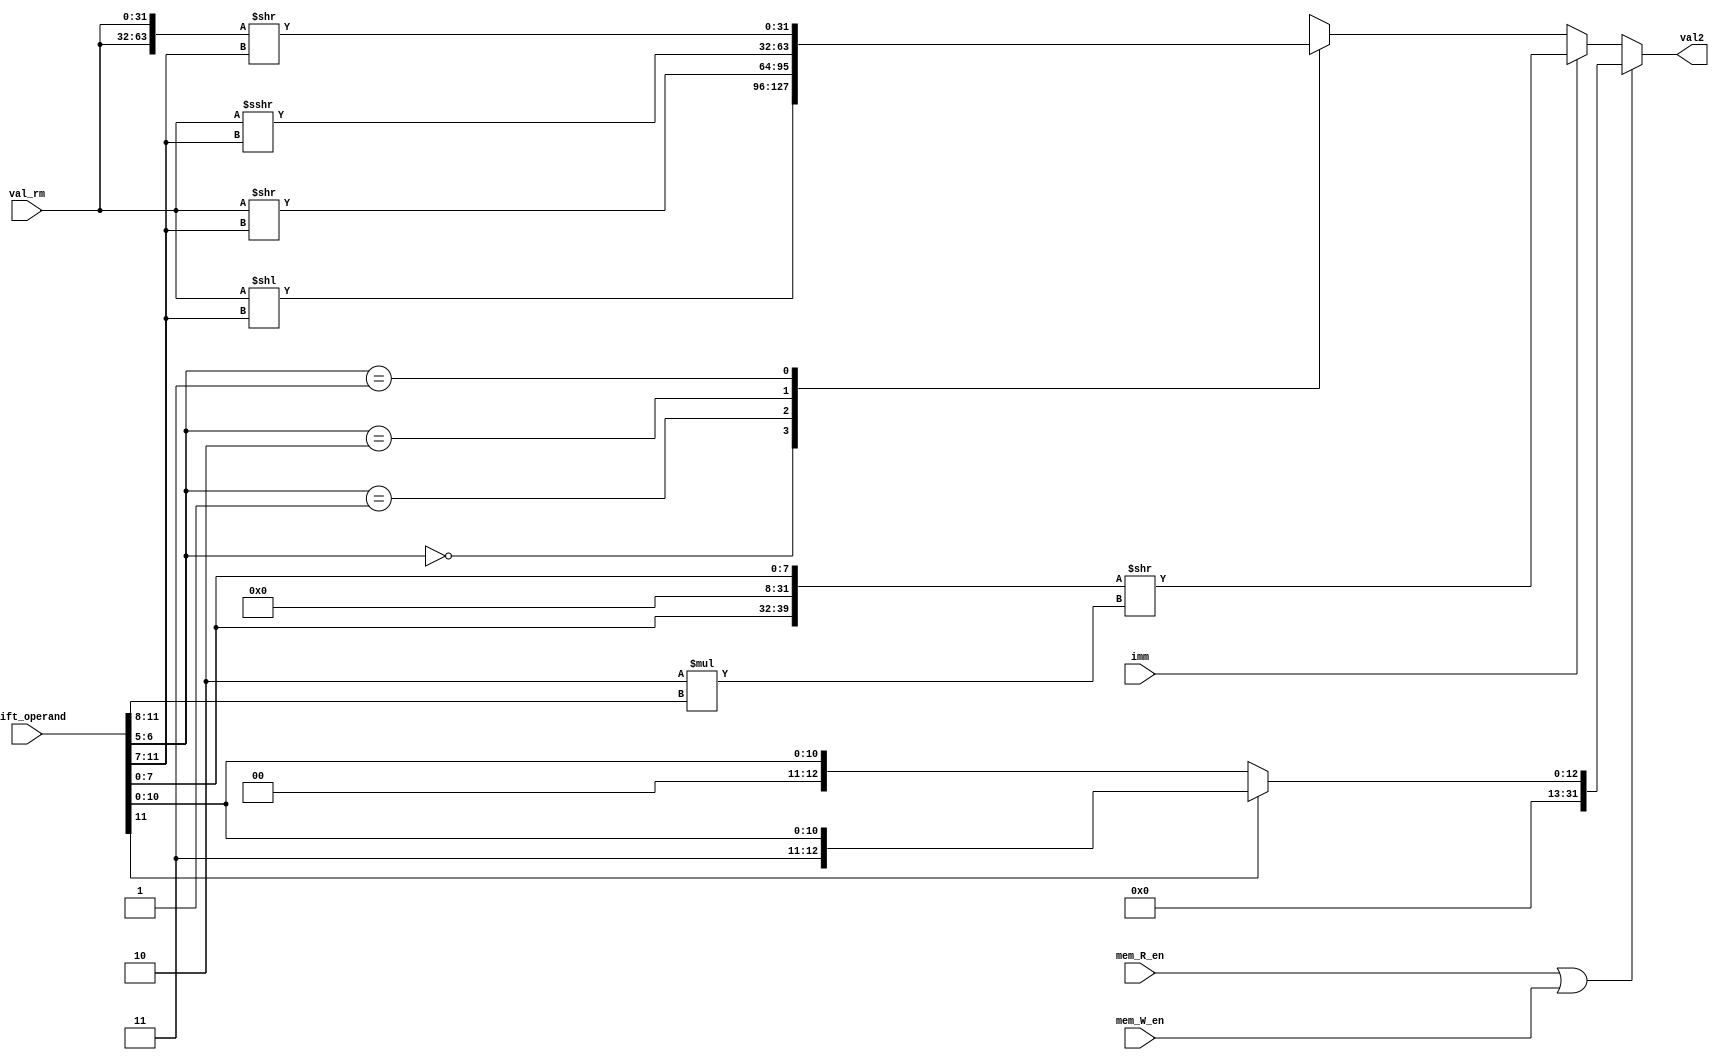
module val2_generator(
    input[31:0] val_rm,
    input imm,
    input [11:0] shift_operand,
    input mem_R_en, mem_W_en,
    output reg [31:0] val2
);

    wire load_store_cmd;
    assign load_store_cmd = mem_R_en | mem_W_en;

    wire[3:0] rotate_imm;
    assign rotate_imm = shift_operand[11:8];
    
    wire[7:0] immed_8;
    assign immed_8 = shift_operand[7:0];

    wire [31:0] immed_32;
    assign immed_32 = {24'd0, immed_8};

    wire [63:0] tmp, tmp2;
    assign tmp = {immed_32, immed_32};
    assign tmp2 = tmp >> (2 * rotate_imm);

    wire [31:0] tmp_shifted;
    assign tmp_shifted = tmp2[31:0];
	
	wire [1:0] shift_case;
	assign shift_case = shift_operand[6:5];

	wire [4:0] rotate_imm2;
    assign rotate_imm2 = shift_operand[11:7];
	wire [63:0] rotate_right;
	assign rotate_right = {val_rm, val_rm} >> rotate_imm2;
   
    always @(*) begin
        if (load_store_cmd)
            val2 = shift_operand[11] ? {20'b1, shift_operand} : {20'd0, shift_operand};
        else if (imm)
            val2 = tmp_shifted;
		else begin
			case (shift_case)
				2'b00: val2 = val_rm << rotate_imm2;
				2'b01: val2 = val_rm >> rotate_imm2;
				2'b10: val2 = val_rm >>> rotate_imm2;
				2'b11: val2 = rotate_right[31:0];
				default:
					val2 = 32'dx;
			endcase
		end
    end



endmodule